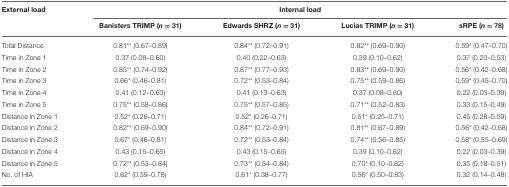
<table><thead><tr><td><b>External load</b></td><td colspan="4"><b>Internal load</b></td></tr><tr><td></td><td><b>Banisters TRIMP (<i>n</i> = 31)</b></td><td><b>Edwards SHRZ (<i>n</i> = 31)</b></td><td><b>Lucias TRIMP (<i>n</i> = 31)</b></td><td><b>sRPE (<i>n</i> = 78)</b></td></tr></thead><tbody><tr><td>Total Distance</td><td>0.81<sup>**</sup> (0.67–0.89)</td><td>0.84<sup>**</sup> (0.72–0.91)</td><td>0.82<sup>**</sup> (0.69–0.90)</td><td>0.59<sup>*</sup> (0.47–0.70)</td></tr><tr><td>Time in Zone 1</td><td>0.37 (0.08–0.60)</td><td>0.40 (0.22–0.63)</td><td>0.39 (0.10–0.62)</td><td>0.37 (0.20–0.53)</td></tr><tr><td>Time in Zone 2</td><td>0.85<sup>**</sup> (0.74–0.92)</td><td>0.87<sup>**</sup> (0.77–0.93)</td><td>0.83<sup>**</sup> (0.69–0.90)</td><td>0.56<sup>*</sup> (0.42–0.68)</td></tr><tr><td>Time in Zone 3</td><td>0.66<sup>*</sup> (0.46–0.81)</td><td>0.72<sup>**</sup> (0.53–0.84)</td><td>0.75<sup>**</sup> (0.59–0.86)</td><td>0.59<sup>*</sup> (0.45–0.70)</td></tr><tr><td>Time in Zone 4</td><td>0.41 (0.12–0.63)</td><td>0.41 (0.13–0.63)</td><td>0.37 (0.08–0.60)</td><td>0.22 (0.03–0.39)</td></tr><tr><td>Time in Zone 5</td><td>0.75<sup>**</sup> (0.58–0.86)</td><td>0.75<sup>**</sup> (0.57–0.85)</td><td>0.71<sup>**</sup> (0.52–0.83)</td><td>0.33 (0.15–0.49)</td></tr><tr><td>Distance in Zone 1</td><td>0.52<sup>*</sup> (0.26–0.71)</td><td>0.52<sup>*</sup> (0.26–0.71)</td><td>0.51<sup>*</sup> (0.25–0.71)</td><td>0.45 (0.28–0.59)</td></tr><tr><td>Distance in Zone 2</td><td>0.82<sup>**</sup> (0.69–0.90)</td><td>0.84<sup>**</sup> (0.72–0.91)</td><td>0.81<sup>**</sup> (0.67–0.89)</td><td>0.56<sup>*</sup> (0.42–0.68)</td></tr><tr><td>Distance in Zone 3</td><td>0.67<sup>*</sup> (0.46–0.81)</td><td>0.72<sup>**</sup> (0.53–0.84)</td><td>0.74<sup>**</sup> (0.56–0.85)</td><td>0.58<sup>*</sup> (0.55–0.69)</td></tr><tr><td>Distance in Zone 4</td><td>0.43 (0.15–0.65)</td><td>0.43 (0.15–0.65)</td><td>0.39 (0.10–0.62)</td><td>0.22 (0.03–0.39)</td></tr><tr><td>Distance in Zone 5</td><td>0.72<sup>**</sup> (0.53–0.84)</td><td>0.73<sup>**</sup> (0.54–0.84)</td><td>0.70<sup>*</sup> (0.10–0.62)</td><td>0.35 (0.18–0.51)</td></tr><tr><td>No. of HIA</td><td>0.62<sup>*</sup> (0.39–0.78)</td><td>0.61<sup>*</sup> (0.38–0.77)</td><td>0.56<sup>*</sup> (0.50–0.83)</td><td>0.32 (0.14–0.48)</td></tr></tbody></table>